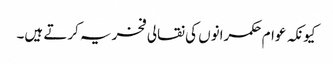
کیونکہ عوام حکمرانوں کی نقالی فخریہ کرتے ہیں۔